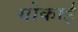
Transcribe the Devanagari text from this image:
गोकाई